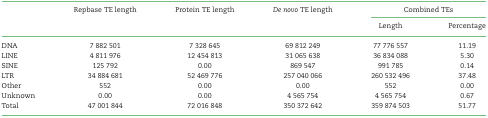
<table><thead><tr><td></td><td><b>Repbase TE length</b></td><td><b>Protein TE length</b></td><td><b><i>De novo</i> TE length</b></td><td colspan="2"><b>Combined TEs</b></td></tr><tr><td></td><td></td><td></td><td></td><td><b>Length</b></td><td><b>Percentage</b></td></tr></thead><tbody><tr><td>DNA</td><td>7 882 501</td><td>7 328 645</td><td>69 812 249</td><td>77 776 557</td><td>11.19</td></tr><tr><td>LINE</td><td>4 811 976</td><td>12 454 813</td><td>31 065 638</td><td>36 834 088</td><td>5.30</td></tr><tr><td>SINE</td><td>125 792</td><td>0.00</td><td>869 547</td><td>991 785</td><td>0.14</td></tr><tr><td>LTR</td><td>34 884 681</td><td>52 469 776</td><td>257 040 066</td><td>260 532 496</td><td>37.48</td></tr><tr><td>Other</td><td>552</td><td>0.00</td><td>0.00</td><td>552</td><td>0.00</td></tr><tr><td>Unknown</td><td>0.00</td><td>0.00</td><td>4 565 754</td><td>4 565 754</td><td>0.67</td></tr><tr><td>Total</td><td>47 001 844</td><td>72 016 848</td><td>350 372 642</td><td>359 874 503</td><td>51.77</td></tr></tbody></table>